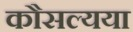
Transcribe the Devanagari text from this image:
कौसल्यया